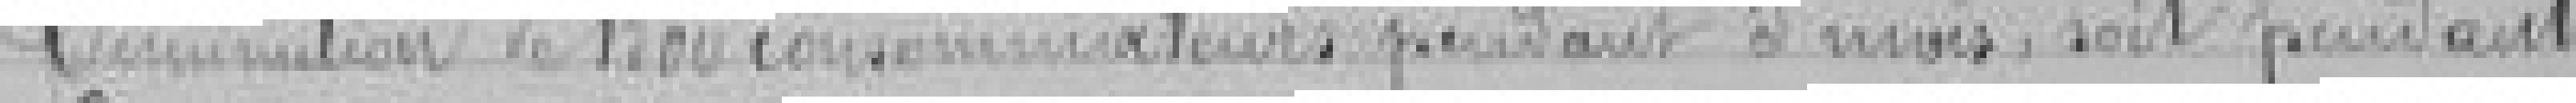
diminution de 1500 consommateurs pendant 5 mois , soit pendant